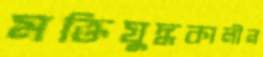
মক্তিযুদ্ধকালীন